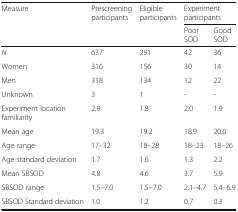
<table><thead><tr><td rowspan="2"><b>Measure</b></td><td rowspan="2"><b>Prescreening participants</b></td><td rowspan="2"><b>Eligible participants</b></td><td colspan="2"><b>Experiment participants</b></td></tr><tr><td><b>Poor SOD</b></td><td><b>Good SOD</b></td></tr></thead><tbody><tr><td><i>N</i></td><td>637</td><td>291</td><td>42</td><td>36</td></tr><tr><td>Women</td><td>316</td><td>156</td><td>30</td><td>14</td></tr><tr><td>Men</td><td>318</td><td>134</td><td>12</td><td>22</td></tr><tr><td>Unknown</td><td>3</td><td>1</td><td>-</td><td>-</td></tr><tr><td>Experiment location familiarity</td><td>2.9</td><td>1.8</td><td>2.0</td><td>1.9</td></tr><tr><td>Mean age</td><td>19.3</td><td>19.2</td><td>18.9</td><td>20.0</td></tr><tr><td>Age range</td><td>17–32</td><td>18–28</td><td>18–23</td><td>18–26</td></tr><tr><td>Age standard deviation</td><td>1.7</td><td>1.6</td><td>1.3</td><td>2.2</td></tr><tr><td>Mean SBSOD</td><td>4.8</td><td>4.6</td><td>3.7</td><td>5.9</td></tr><tr><td>SBSOD range</td><td>1.5–7.0</td><td>1.5–7.0</td><td>2.1–4.7</td><td>5.4–6.9</td></tr><tr><td>SBSOD Standard deviation</td><td>1.0</td><td>1.2</td><td>0.7</td><td>0.3</td></tr></tbody></table>